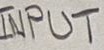
Text: INPUT